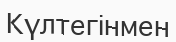
Күлтегінмен